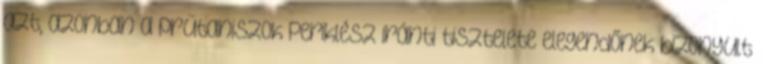
azt, azonban a prütaniszok Periklész iránti tisztelete elegendőnek bizonyult